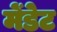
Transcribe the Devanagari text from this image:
मेंडेट